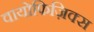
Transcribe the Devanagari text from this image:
वायोफिज़िक्स